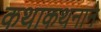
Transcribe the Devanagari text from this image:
कथाकथनाने